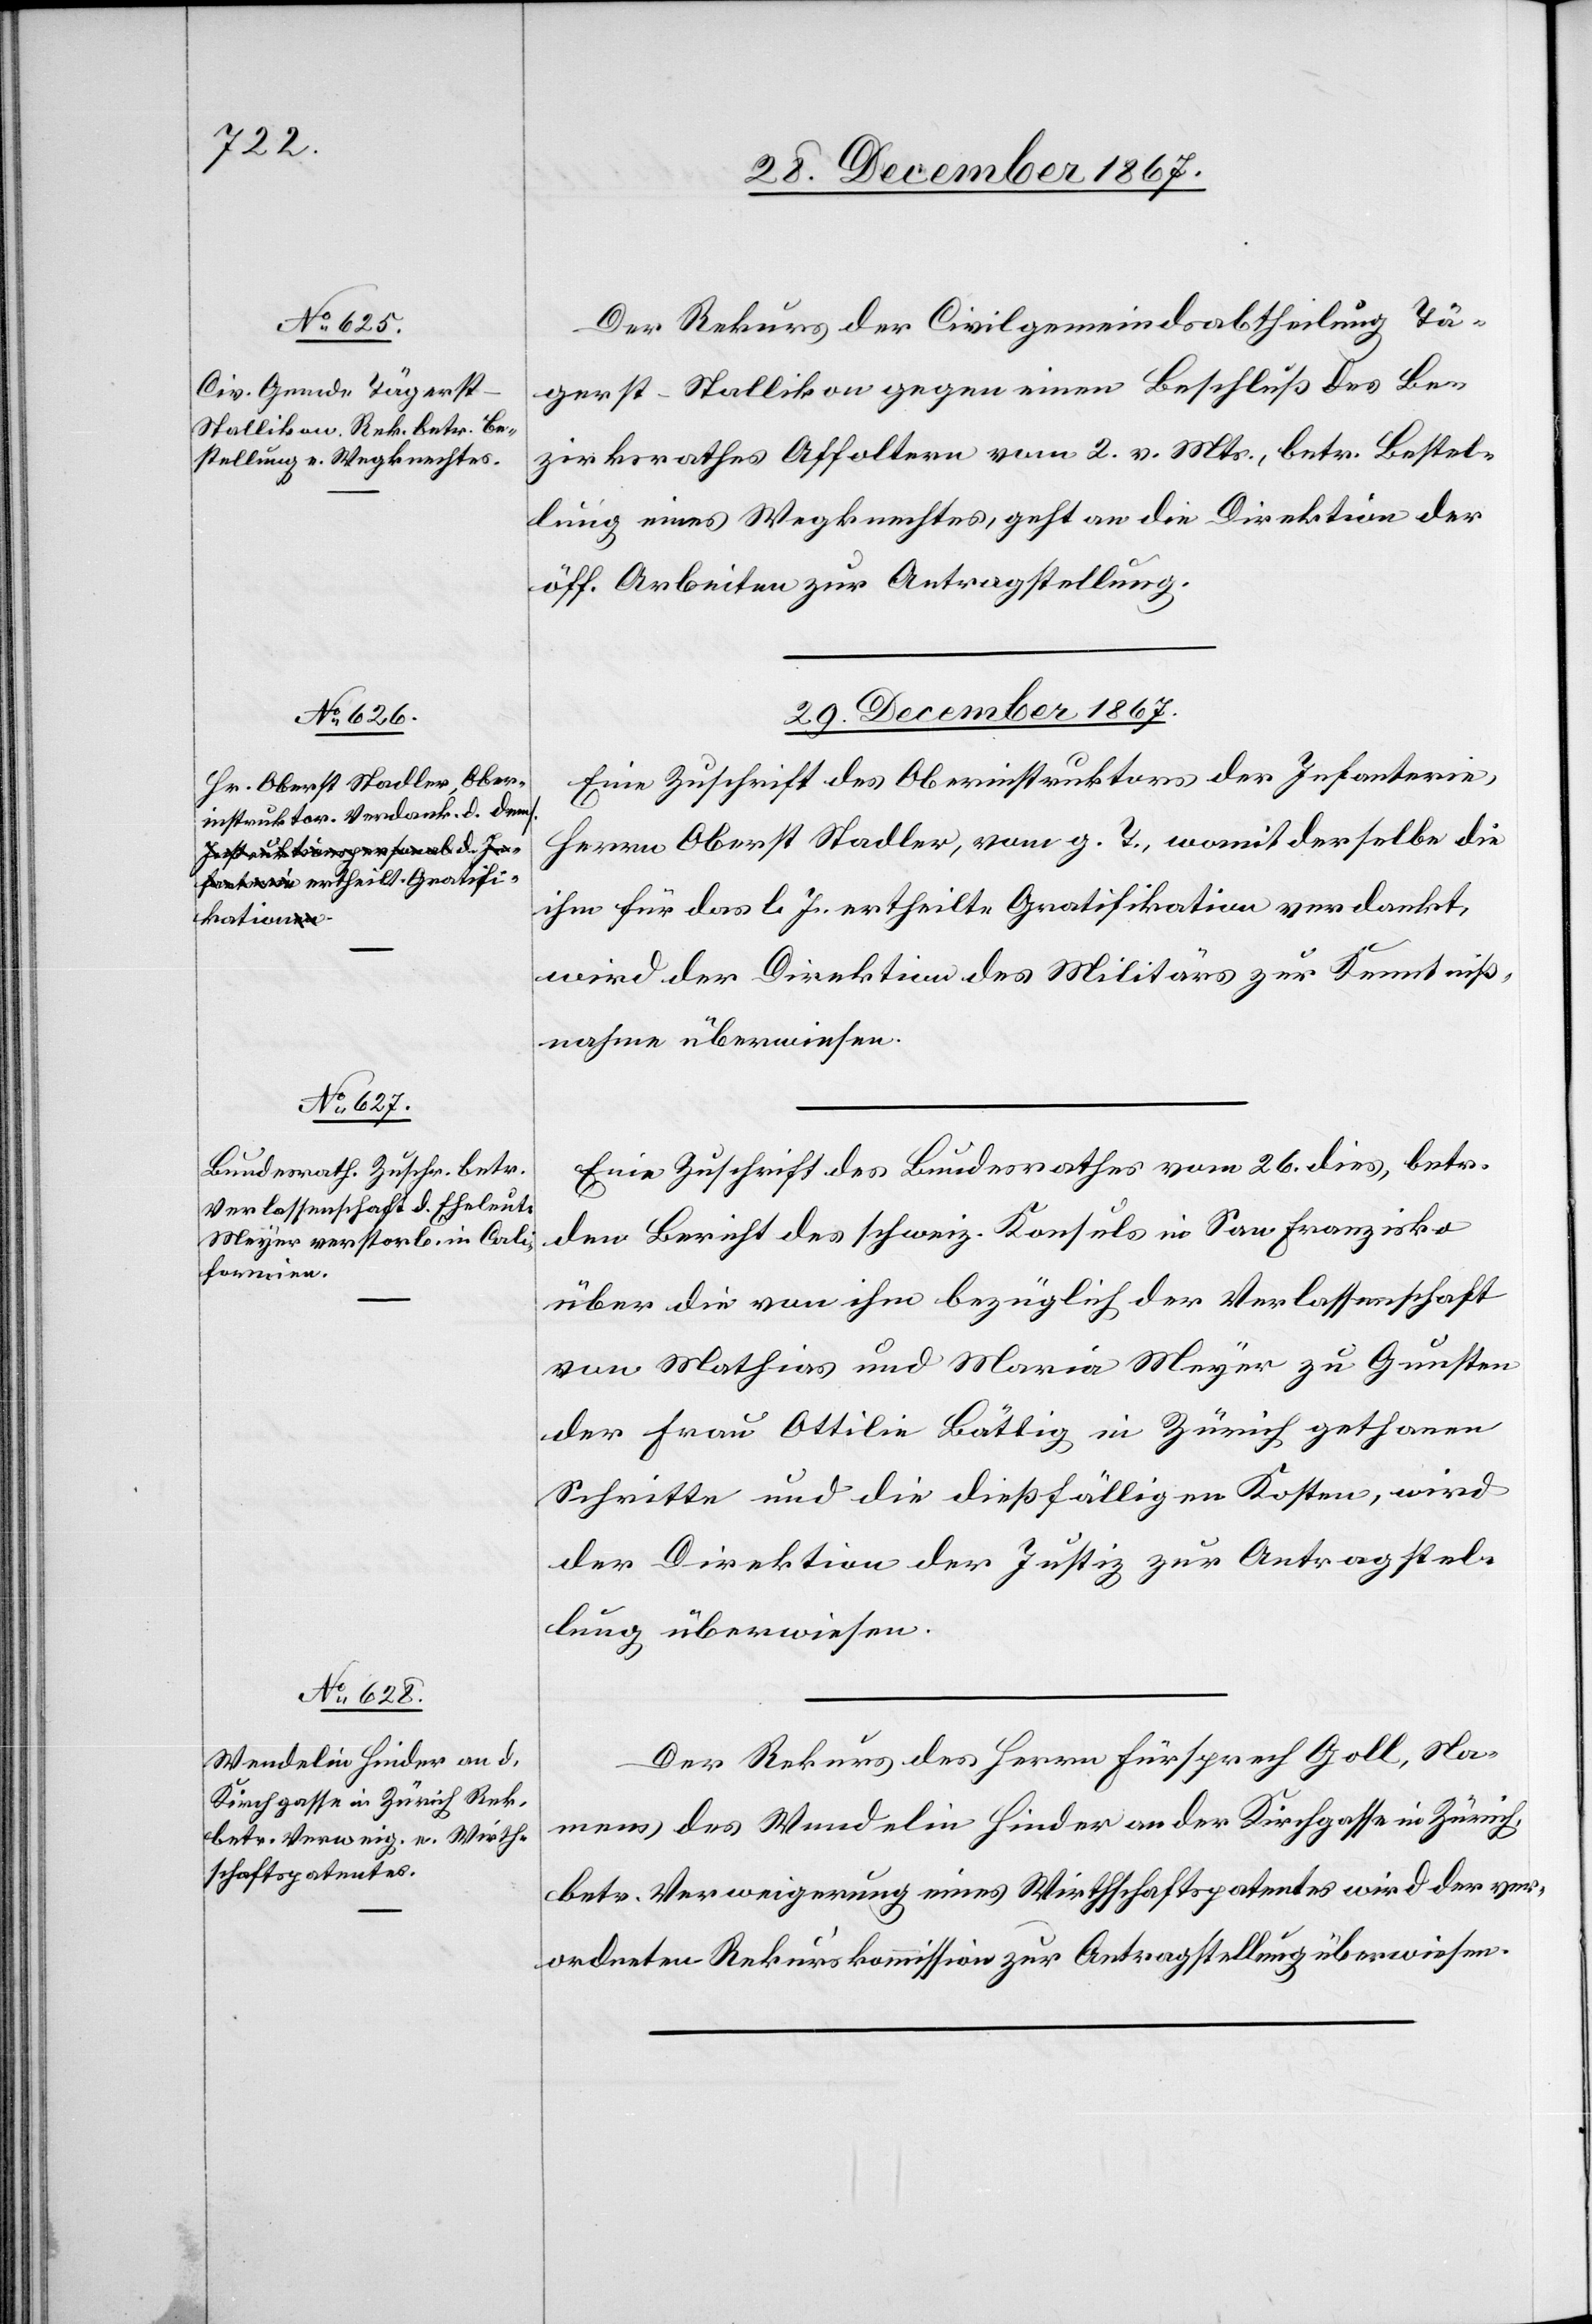
28. December 1867.]
Der Rekurs der Civilgemeindsabtheilung Tä¬
gerst-Stallikon gegen einen Beschluß des Be¬
zirksrathes Affoltern vom 2. v. Mts, betr Bestel¬
lung eines Wegknechtes, geht an die Direktion der
öff. Arbeiten zur Antragstellung.
29. December 1867.]
Eine Zuschrift des Oberinstruktors der Infanterie,
Herrn Oberst Stadler, vom g. T., womit derselbe die
ihm für das l. J. ertheilte Gratifikation verdankt,
wird der Direktion des Militärs zur Kenntniß¬
nahme überwiesen.
Eine Zuschrift des Bundesrathes vom 25. dies, betr.
den Bericht des schweiz. Konsuls in San Franzisko
über die von ihm bezüglich der Verlassenschaft
von Mathias und Maria Meyer zu Gunsten
der Frau Ottilie Bättig in Zürich gethanen
Schritte und die dießfälligen Kosten, wird
der Direktion der Justiz zur Antragstel¬
lung überwiesen.
Der Rekurs des Herrn Fürsprech Goll, Na¬
mens des Wendelin Hinder an der Kirchgasse in Zürich,
betr. Verweigerung eines Wirthschaftspatentes wird der ver¬
ordneten Rekurskommission zur Antragstellung überwiesen.